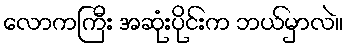
လောကကြီး အဆုံးပိုင်းက ဘယ်မှာလဲ။